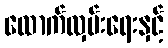
ထောက်လှမ်းရေးနှင့်